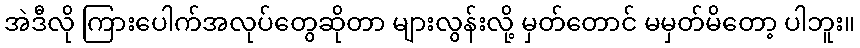
အဲဒီလို ကြားပေါက်အလုပ်တွေဆိုတာ များလွန်းလို့ မှတ်တောင် မမှတ်မိတော့ ပါဘူး။